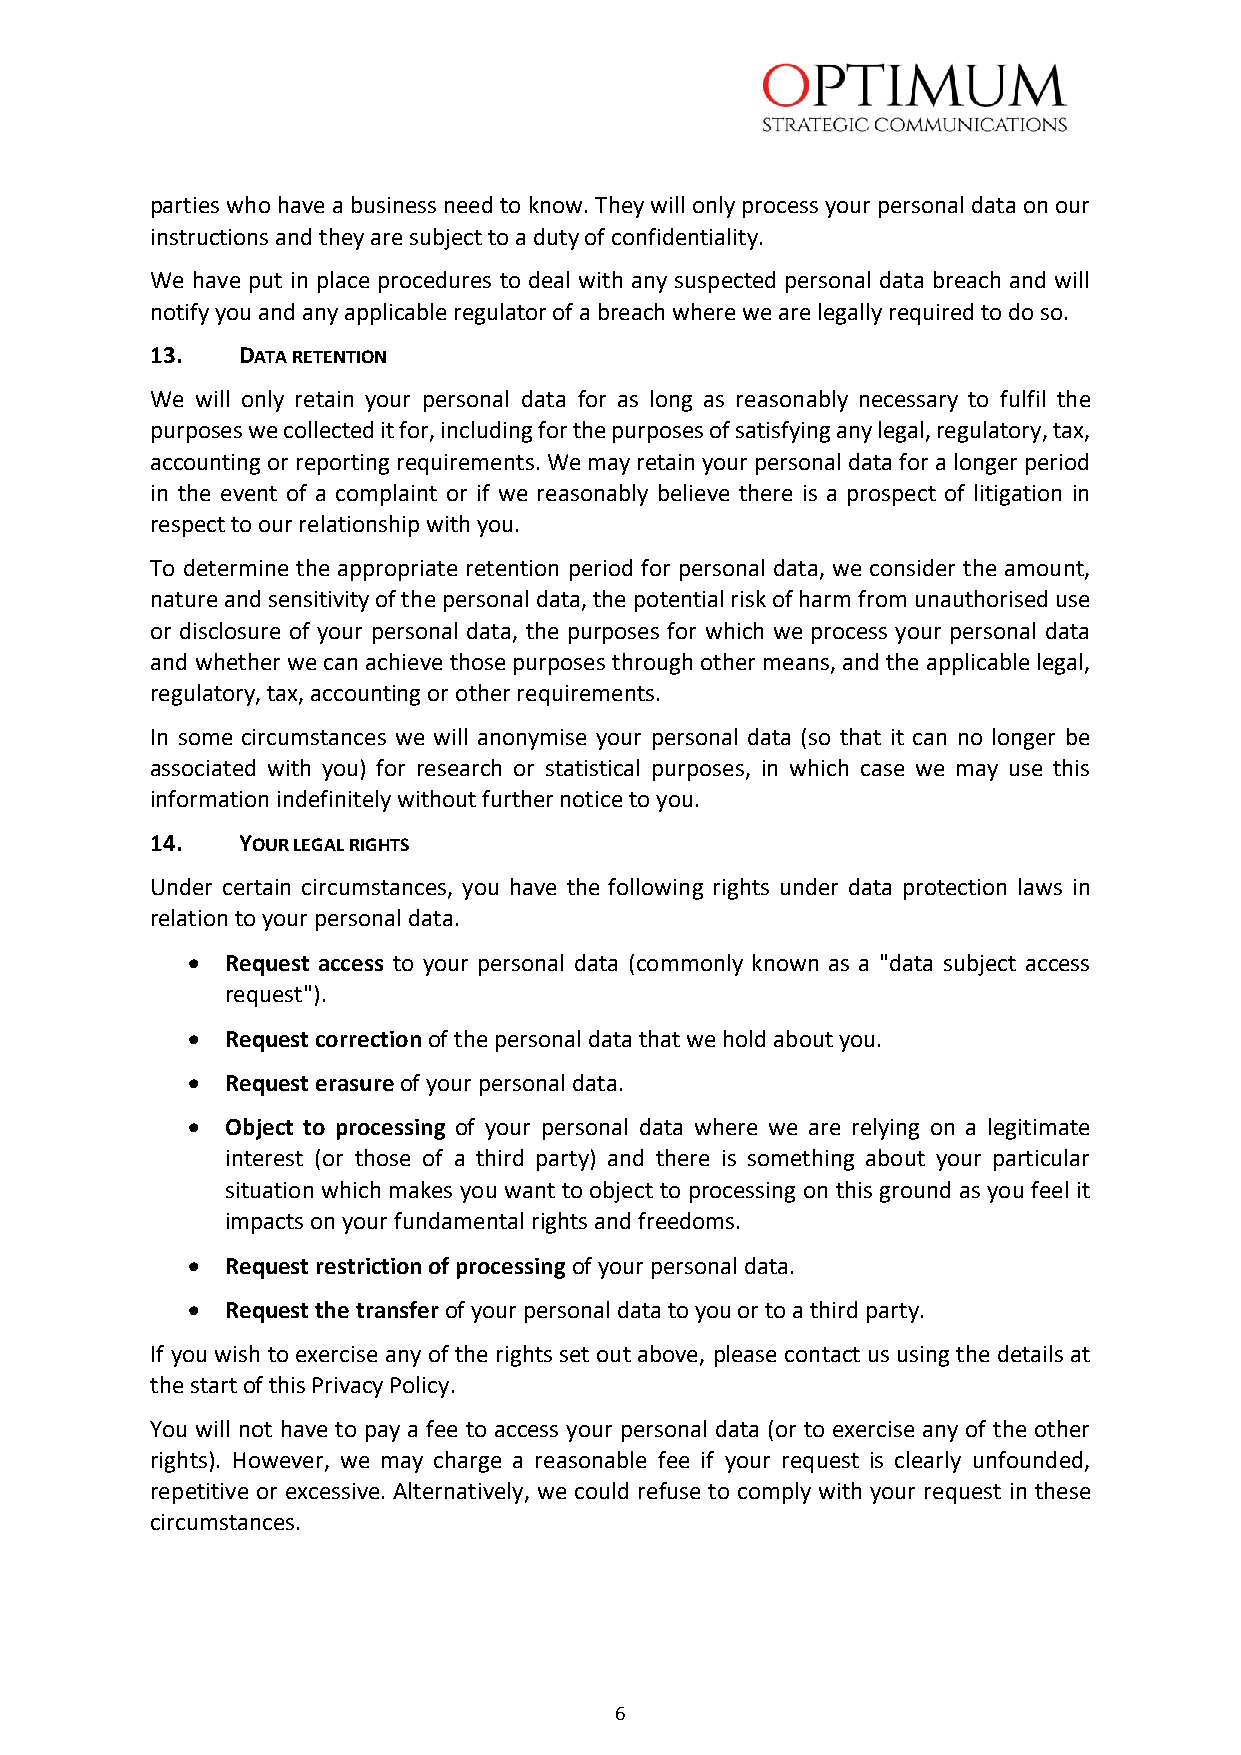
parties who have a business need to know. They will only process your personal data on our
 instructions and they are subject to a duty of confidentiality.
 We have put in place procedures to deal with any suspected personal data breach and will
 notify you and any applicable regulator of a breach where we are legally required to do so.
 13.   DATA RETENTION
 We will only retain your personal data for as long as reasonably necessary to fulfil the
 purposes we collected it for, including for the purposes of satisfying any legal, regulatory, tax,
 accounting or reporting requirements. We may retain your personal data for a longer period
 in the event of a complaint or if we reasonably believe there is a prospect of litigation in
 respect to our relationship with you.
 To determine the appropriate retention period for personal data, we consider the amount,
 nature and sensitivity of the personal data, the potential risk of harm from unauthorised use
 or disclosure of your personal data, the purposes for which we process your personal data
 and whether we can achieve those purposes through other means, and the applicable legal,
 regulatory, tax, accounting or other requirements.
 In some circumstances we will anonymise your personal data (so that it can no longer be
 associated with you) for research or statistical purposes, in which case we may use this
 information indefinitely without further notice to you.
 14.   YOUR LEGAL RIGHTS
 Under certain circumstances, you have the following rights under data protection laws in
 relation to your personal data.
 •  Request access to your personal data (commonly known as a "data subject access
 request").
 •  Request correction of the personal data that we hold about you.
 •  Request erasure of your personal data.
 •  Object to processing of your personal data where we are relying on a legitimate
 interest (or those of a third party) and there is something about your particular
 situation which makes you want to object to processing on this ground as you feel it
 impacts on your fundamental rights and freedoms.
 •  Request restriction of processing of your personal data.
 •  Request the transfer of your personal data to you or to a third party.
 If you wish to exercise any of the rights set out above, please contact us using the details at
 the start of this Privacy Policy.
 You will not have to pay a fee to access your personal data (or to exercise any of the other
 rights). However, we may charge a reasonable fee if your request is clearly unfounded,
 repetitive or excessive. Alternatively, we could refuse to comply with your request in these
 circumstances.
 6